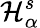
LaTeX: \mathcal{H}_{\alpha}^{s}